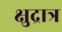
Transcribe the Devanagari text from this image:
क्षुद्रात्र